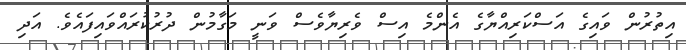
އިތުރުން ވައިގެ އަސްކަރިއްޔާގެ އެންމެ އިސް ވެރިޔާވެސް ވަނީ މަގާމުން ދުރުކުރައްވައިފައެވެ. އަދި